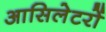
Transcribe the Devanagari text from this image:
आसिलेटरों